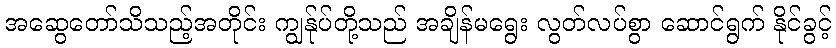
အဆွေတော်သိသည့်အတိုင်း ကျွန်ုပ်တို့သည် အချိန်မရွေး လွတ်လပ်စွာ ဆောင်ရွက် နိုင်ခွင့်